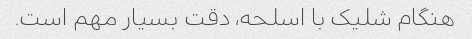
هنگام شلیک با اسلحه، دقت بسیار مهم است.